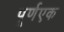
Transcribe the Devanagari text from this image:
पूर्णएक